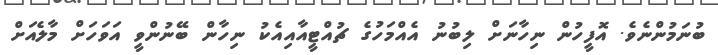
ބުނަމުންނެވެ. އޮފީހުން ނިހާނަށް ލިބުނު އެއްމަހުގެ ޗުއްޓީއާއިއެކު ނިހާން ބޭނުންވީ އަވަހަށް މާލެއަށް